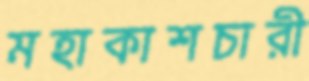
মহাকাশচারী